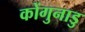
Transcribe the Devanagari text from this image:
कोंगुनाडु